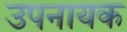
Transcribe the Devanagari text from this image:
उपनायक